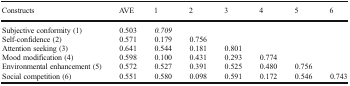
<table><thead><tr><td><b>Constructs</b></td><td><b>AVE</b></td><td><b>1</b></td><td><b>2</b></td><td><b>3</b></td><td><b>4</b></td><td><b>5</b></td><td><b>6</b></td></tr></thead><tbody><tr><td>Subjective conformity (1)</td><td>0.503</td><td><i>0.709</i></td><td></td><td></td><td></td><td></td><td></td></tr><tr><td>Self-confidence (2)</td><td>0.571</td><td>0.179</td><td>0.756</td><td></td><td></td><td></td><td></td></tr><tr><td>Attention seeking (3)</td><td>0.641</td><td>0.544</td><td>0.181</td><td>0.801</td><td></td><td></td><td></td></tr><tr><td>Mood modification (4)</td><td>0.598</td><td>0.100</td><td>0.431</td><td>0.293</td><td>0.774</td><td></td><td></td></tr><tr><td>Environmental enhancement (5)</td><td>0.572</td><td>0.527</td><td>0.391</td><td>0.525</td><td>0.480</td><td>0.756</td><td></td></tr><tr><td>Social competition (6)</td><td>0.551</td><td>0.580</td><td>0.098</td><td>0.591</td><td>0.172</td><td>0.546</td><td>0.743</td></tr></tbody></table>